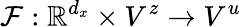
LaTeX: \mathcal{F}:\mathbb{R}^{d_{x}}\times V^{z}\to V^{u}